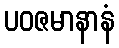
ပဝဇမာနာနံ